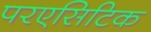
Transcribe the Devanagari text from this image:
परएसिटिक